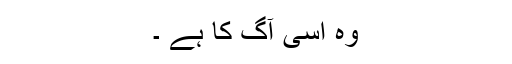
وہ اسی آگ کا ہے ۔